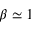
\beta \simeq 1